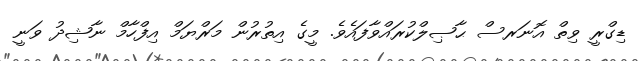
ޑިގްރީ ވިތް އޮނަރސް ޙާޞިލްކުރައްވާފައެވެ. މީގެ އިތުރުން މަރްޔަމް އިފްހާމް ނާޝިދު ވަނީ